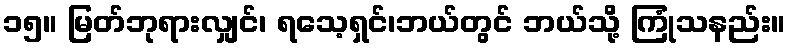
၁၅။ မြတ်ဘုရားလျှင်၊ ရသေ့ရှင်၊ဘယ်တွင် ဘယ်သို့ ကြုံသနည်း။